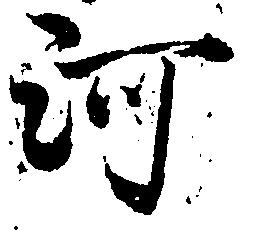
河